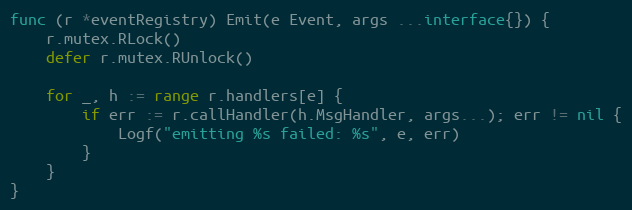
Language: Go
func (r *eventRegistry) Emit(e Event, args ...interface{}) {
	r.mutex.RLock()
	defer r.mutex.RUnlock()

	for _, h := range r.handlers[e] {
		if err := r.callHandler(h.MsgHandler, args...); err != nil {
			Logf("emitting %s failed: %s", e, err)
		}
	}
}